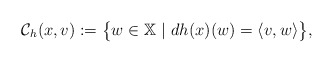
\begin{align*} \mathcal{C}_{h}(x,v):=\big\{w\in\mathbb{X}\ |\ dh(x)(w)=\langle v,w\rangle\big\}, \end{align*}